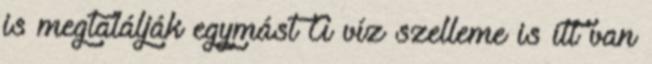
is megtalálják egymást A víz szelleme is itt van